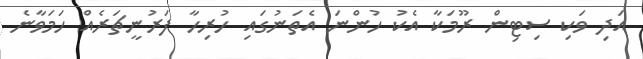
އަދި ވަކި ސިޓިން ރޫމަކާ އެކު ހުންނަ އެތަނުގައި ހުރިހާ ފަރުނީޗަރެއް ހަމަވާނެ